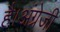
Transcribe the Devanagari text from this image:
है।अंग्रेजी